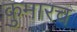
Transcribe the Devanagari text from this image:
कुमारच